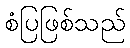
စံပြဖြစ်သည်